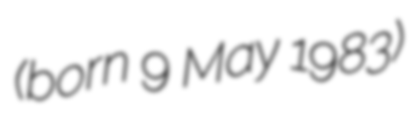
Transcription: (born 9 May 1983)